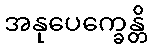
အနုပေက္ခေန္တိ